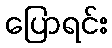
ပြောရင်း